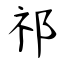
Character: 祁